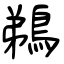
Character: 鵜